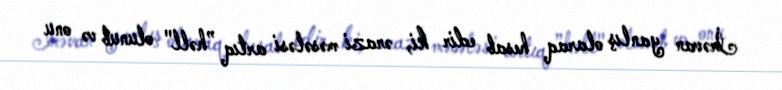
İrəvan yanlış olaraq hesab edir ki, ərazi məsələsi artıq ”həll" olunub və onu